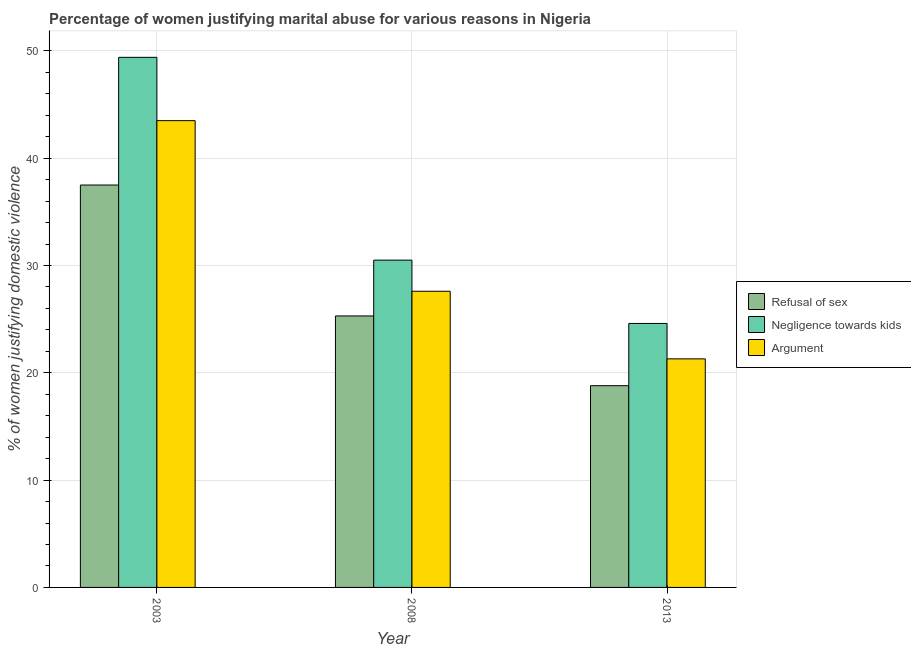
| Year | Refusal of sex | Negligence towards kids | Argument |
 | --- | --- | --- | --- |
 | 2003 | 37.5 | 49.4 | 43.5 |
 | 2008 | 25.3 | 30.5 | 27.6 |
 | 2013 | 18.8 | 24.6 | 21.3 |